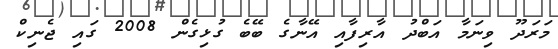
މަރަދޫ ވިނަމާ އަބްދު އާރިފާއި އޭނާގެ ބޭބެ ގުޅިގެން 2008 ގައި ޖެނިކް